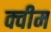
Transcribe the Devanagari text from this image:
क्वीम